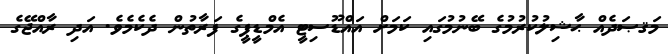
މަޤޞަދެއް ޙާޝިލުކުރުމުގެ ބޭނުުމުގައި ކަމަށް އައްޑޫސިޓީ އެމްޑީޕީގެ ފަރާތުން ދެކެމެވެ. އަދި ރާއްޖޭގެ